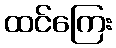
ထင်ကြေး